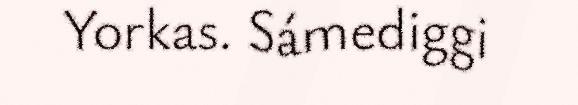
Yorkas. Sámediggi